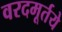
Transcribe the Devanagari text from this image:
वरदमूर्तये